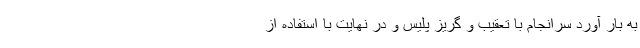
به بار آورد سرانجام با تعقیب و گریز پلیس و در نهایت با استفاده از